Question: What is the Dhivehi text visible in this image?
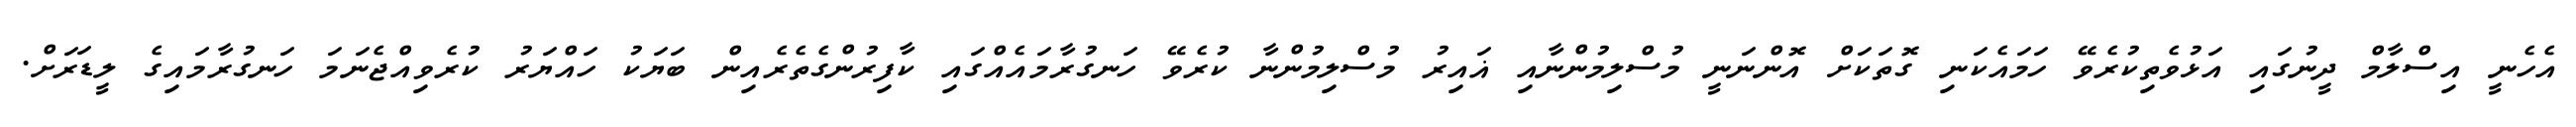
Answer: އެހެނީ އިސްލާމް ދީނުގައި އަޅުވެތިކުރެވޭ ހަމައެކަނި ގޮތަކަށް އޮންނަނީ މުސްލިމުންނާއި ޣައިރު މުސްލިމުންނާ ކުރެވޭ ހަނގުރާމައެއްގައި ކާފިރުންގެތެރެއިން ބަޔަކު ހައްޔަރު ކުރެވިއްޖެނަމަ ހަނގުރާމައިގެ ލީޑަރަށް.